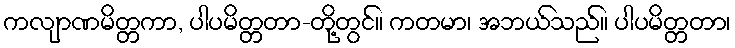
ကလျာဏမိတ္တကာ, ပါပမိတ္တတာ-တို့တွင်။ ကတမာ၊ အဘယ်သည်။ ပါပမိတ္တတာ၊